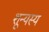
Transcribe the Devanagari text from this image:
शून्यस्य